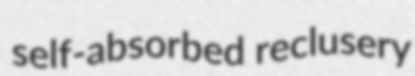
self-absorbed reclusery